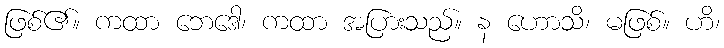
ဖြစ်၏။ ကထာ ဘေဒေါ၊ ကထာ အပြားသည်။ န ဟောသိ၊ မဖြစ်။ ဟိ၊